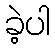
ခဲ့ပါ